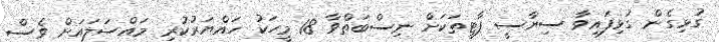
ގުޅިގެން ގުޅިފައިވާ ސިޔާސީ ޕާޓީތަކަށް ނިސްބަތްވާ 18 މީހަކު ހައްޔަރުކުރި މައްސަލައަށް ވެސް